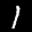
Label: 1